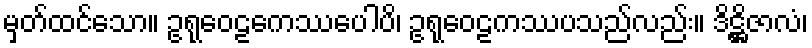
မှတ်ထင်သော။ ဥရုဝေဠကေဿပေါပိ၊ ဥရုဝေဠကဿပသည်လည်း။ ဒိဋ္ဌိဇာလံ၊